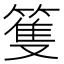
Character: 篗